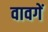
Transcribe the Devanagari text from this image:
वावगें